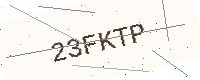
Text: 23FKTP